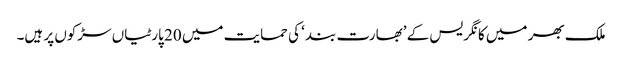
ملک بھر میں کانگریس کے ’بھارت بند‘ کی حمایت میں 20 پارٹیاں سڑکوں پر ہیں۔